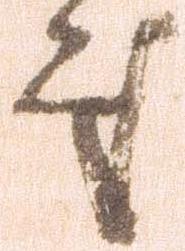
処